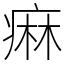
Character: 痳